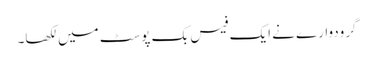
گرودوارے نے ایک فیس بک پوسٹ میں لکھا۔